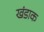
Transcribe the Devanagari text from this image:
खंडाक